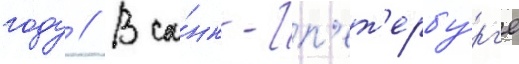
году // В са́нкт-п'ет'ербу́рг'е